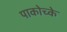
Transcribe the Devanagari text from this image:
पाकोच्के